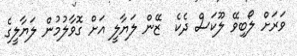
ވަރަށް ލޯބިވޭ ލޫކަސް ދެކެ  ޒޭން ލަޔާލީ އަށް ގޮވާލުމުން ލަޔާލީގެ